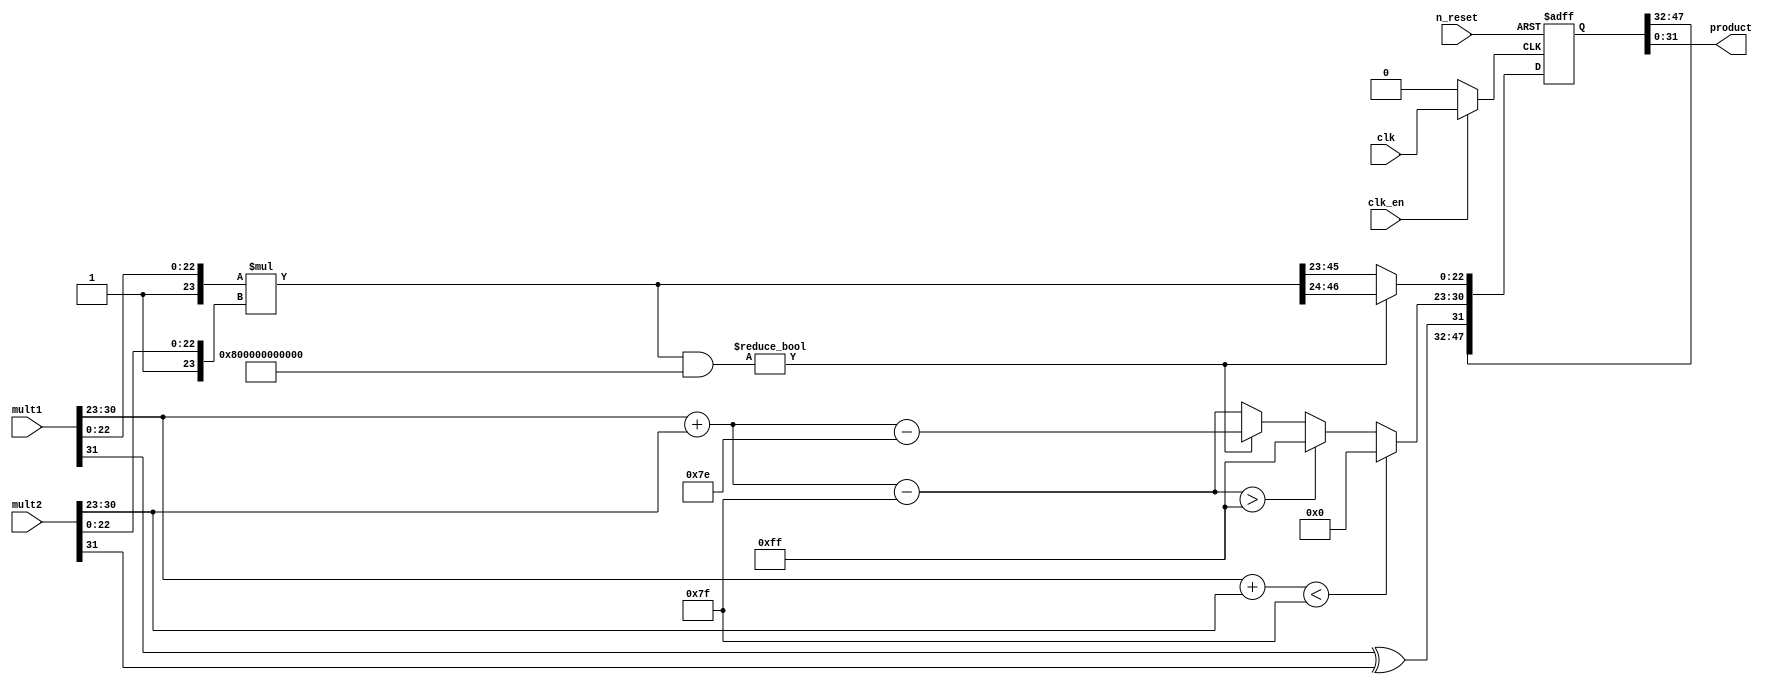
module FPMul(
	input n_reset,
	input clk,
	input clk_en,
	input [31:0] mult1,
	input [31:0] mult2,
	output [31:0] product
);

reg [47:0] p;
wire g_clk;

assign g_clk = clk_en? clk : 1'b0;
assign product = p[31:0];

always @(negedge n_reset or posedge g_clk)
	if(!n_reset)
		p <= 32'b0;
	else	
		begin
			p[31] <= mult1[31] ^ mult2[31];
			if((mult1[30:23] + mult2[30:23]) < {1'b0, 8'h7F})
				p[30:23] <= 8'b0;
			else if ({mult1[30:23] + mult2[30:23] - 8'h7F} > {1'b0, 8'hFF})
				p[30:23] <= 8'hFF;
			else
				p[30:23] <= (({24'b0, 1'b1, mult1[22:0]} * {24'b0, 1'b1, mult2[22:0]}) & 48'h800000000000)?
								mult1[30:23] + mult2[30:23] - 8'h7E :
								mult1[30:23] + mult2[30:23] - 8'h7F;								
				
			p[22:0] <= (({24'b0, 1'b1, mult1[22:0]} * {24'b0, 1'b1, mult2[22:0]}) & 48'h800000000000)? 
							({24'b0, 1'b1, mult1[22:0]} * {24'b0, 1'b1, mult2[22:0]}) >> 24 :
							({24'b0, 1'b1, mult1[22:0]} * {24'b0, 1'b1, mult2[22:0]}) >> 23;
		end

endmodule